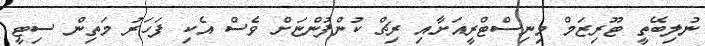
ނުލިބޭތީ ޓޫރިޒަމް މިނިސްޓްރީއަށާއި ރިޗް ކުންފުންޏަށް ވެސް އެކި ފަހަރު މަތިން ސިޓީ